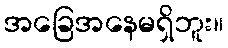
အခြေအနေမရှိဘူး။